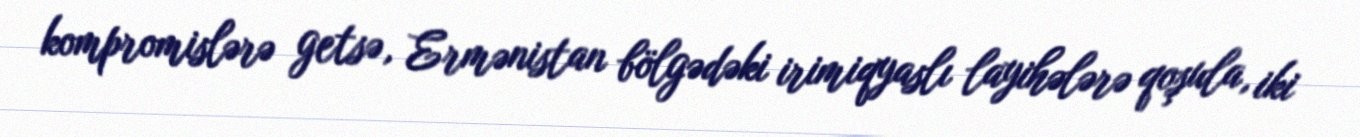
kompromislərə getsə, Ermənistan bölgədəki irimiqyaslı layihələrə qoşula, iki